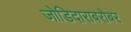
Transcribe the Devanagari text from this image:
जोडिदाराबरोबर